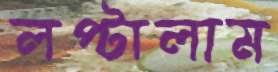
লপ্‌টালাম